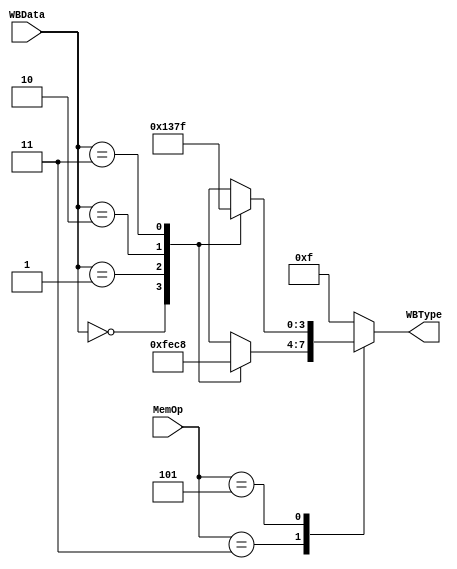
//
module WriteBackController(
	input [1:0] WBData, // the lowest 2 bits of WBData
	input [3:0] MemOp,
	output reg [3:0] WBType
);
	always @ (*)
	begin
		case (MemOp)
			4'b0010: // lw 
				WBType <= 4'b1111;
			4'b0011: // lwl
			case (WBData)
				2'b00: WBType <= 4'b1111;
				2'b01: WBType <= 4'b1110;
				2'b10: WBType <= 4'b1100;
				2'b11: WBType <= 4'b1000;
			endcase
			4'b0101: // lwr
			case (WBData)
				2'b00: WBType <= 4'b0001;
				2'b01: WBType <= 4'b0011;
				2'b10: WBType <= 4'b0111;
				2'b11: WBType <= 4'b1111;
			endcase	
			default:  //lb, lbu, lh, lhu
				WBType <= 4'b1111; //modified
		endcase
	end
endmodule